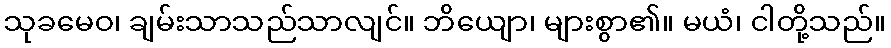
သုခမေဝ၊ ချမ်းသာသည်သာလျင်။ ဘိယျော၊ များစွာ၏။ မယံ၊ ငါတို့သည်။